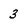
Character: 3